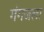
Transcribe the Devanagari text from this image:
गंगजला